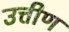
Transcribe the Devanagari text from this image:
उत्तीण